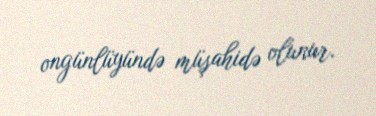
ongünlüyündə müşahidə olunur.